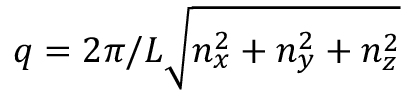
q = 2 \pi / L \sqrt { n _ { x } ^ { 2 } + n _ { y } ^ { 2 } + n _ { z } ^ { 2 } }